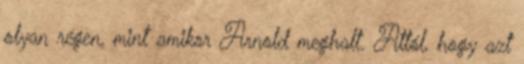
olyan régen, mint amikor Arnold meghalt. Attól, hogy azt